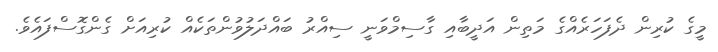
މީގެ ކުރިން ދެފަހަރެއްގެ މަތިން އަދީބާއި ގާސިމްވަނީ ސިއްރު ބައްދަލުވުންތަކެއް ކުރިއަށް ގެންގޮސްފައެވެ.